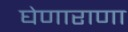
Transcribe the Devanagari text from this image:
घेणाराणा